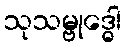
သုသမ္ဗုဒ္ဓေါ